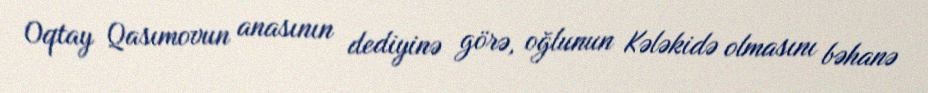
Oqtay Qasımovun anasının dediyinə görə, oğlunun Kələkidə olmasını bəhanə